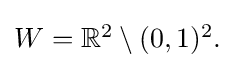
{\textstyle W=\mathbb {R} ^{2}\setminus (0,1)^{2}.}